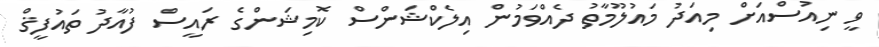
ވީ ނިއުސްއަށް މިއަދު މައުލޫމާތު ދެއްވަމުން އިލެކްޝަންސް ކޮމިޝަންގެ ރައީސް ފުއާދު ތައުފީޤް